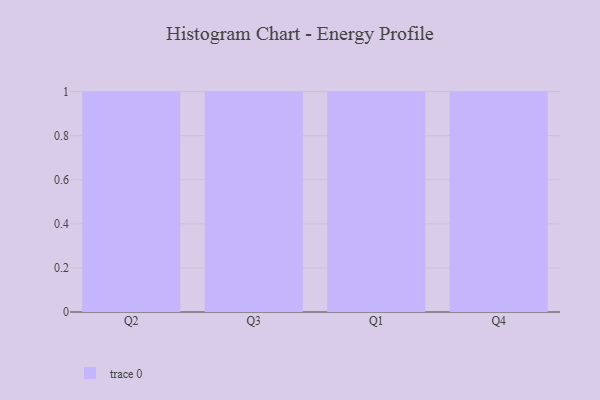
{"axis": {"x": "Quarter", "y": "Backlog"}, "legend": [""], "data": [{"x": "Q2", "y": 45, "type": ""}, {"x": "Q3", "y": 87, "type": ""}, {"x": "Q1", "y": 2, "type": ""}, {"x": "Q4", "y": 7, "type": ""}]}